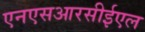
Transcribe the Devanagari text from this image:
एनएसआरसीईएल